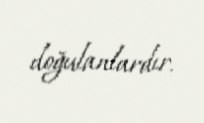
doğulanlardır.